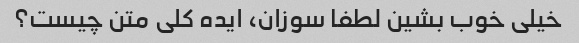
خیلی خوب بشین لطفا سوزان، ایده کلی متن چیست؟